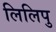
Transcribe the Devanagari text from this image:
लिलिपु